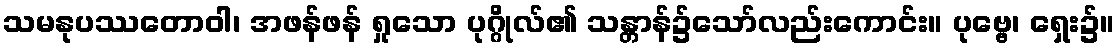
သမနုပဿတောဝါ၊ အဖန်ဖန် ရှုသော ပုဂ္ဂိုလ်၏ သန္တာန်၌သော်လည်းကောင်း။ ပုဗ္ဗေ၊ ရှေး၌။